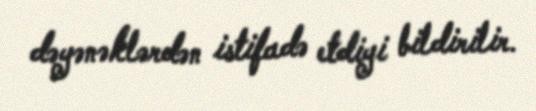
dəyənəklərdən istifadə etdiyi bildirilir.